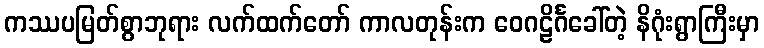
ကဿပမြတ်စွာဘုရား လက်ထက်တော် ကာလတုန်းက ဝေဂဠိင်္ဂခေါ်တဲ့ နိဂုံးရွာကြီးမှာ